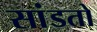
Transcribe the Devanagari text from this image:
सांडतो